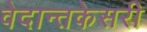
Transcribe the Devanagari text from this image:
वेदान्तकेसरी